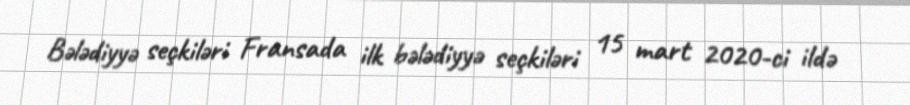
Bələdiyyə seçkiləri Fransada ilk bələdiyyə seçkiləri 15 mart 2020-ci ildə